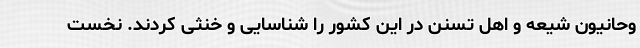
وحانیون شیعه و اهل تسنن در این کشور را شناسایی و خنثی کردند. نخست